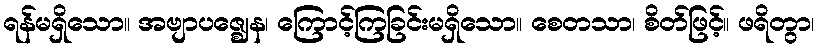
ရန်မရှိသော။ အဗျာပဇ္ဈေန၊ ကြောင့်ကြခြင်းမရှိသော။ စေတသာ၊ စိတ်ဖြင့်။ ဖရိတွာ၊